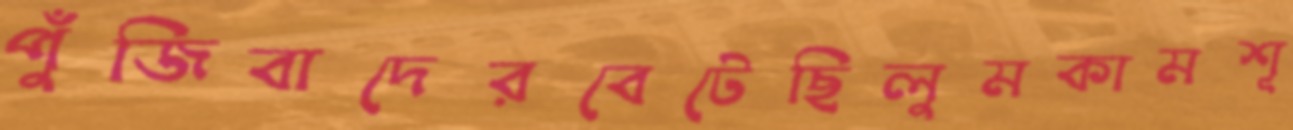
পুঁজিবাদেরবেটেছিলুমকামশূ